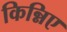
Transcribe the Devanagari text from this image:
किन्निए